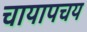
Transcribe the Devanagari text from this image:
चायापचय